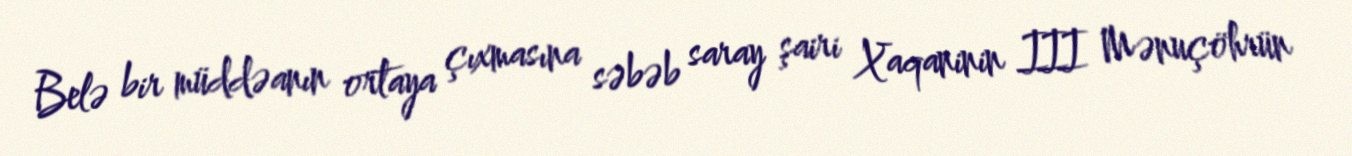
Belə bir müddəanın ortaya çıxmasına səbəb saray şairi Xaqaninin III Mənuçöhrün